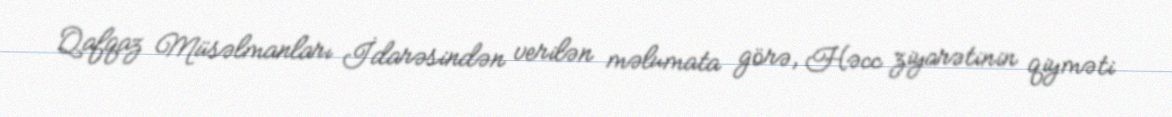
Qafqaz Müsəlmanları İdarəsindən verilən məlumata görə, Həcc ziyarətinin qiyməti